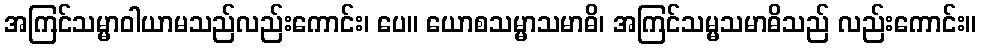
အကြင်သမ္မာဝါယာမသည်လည်းကောင်း၊ ပေ။ ယောစသမ္မာသမာဓိ၊ အကြင်သမ္မသမာဓိသည် လည်းကောင်း။